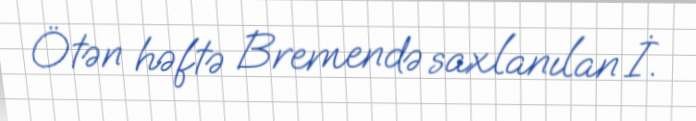
Ötən həftə Bremendə saxlanılan İ.